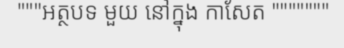
"""អត្ថបទ មួយ នៅក្នុង កាសែត """""""